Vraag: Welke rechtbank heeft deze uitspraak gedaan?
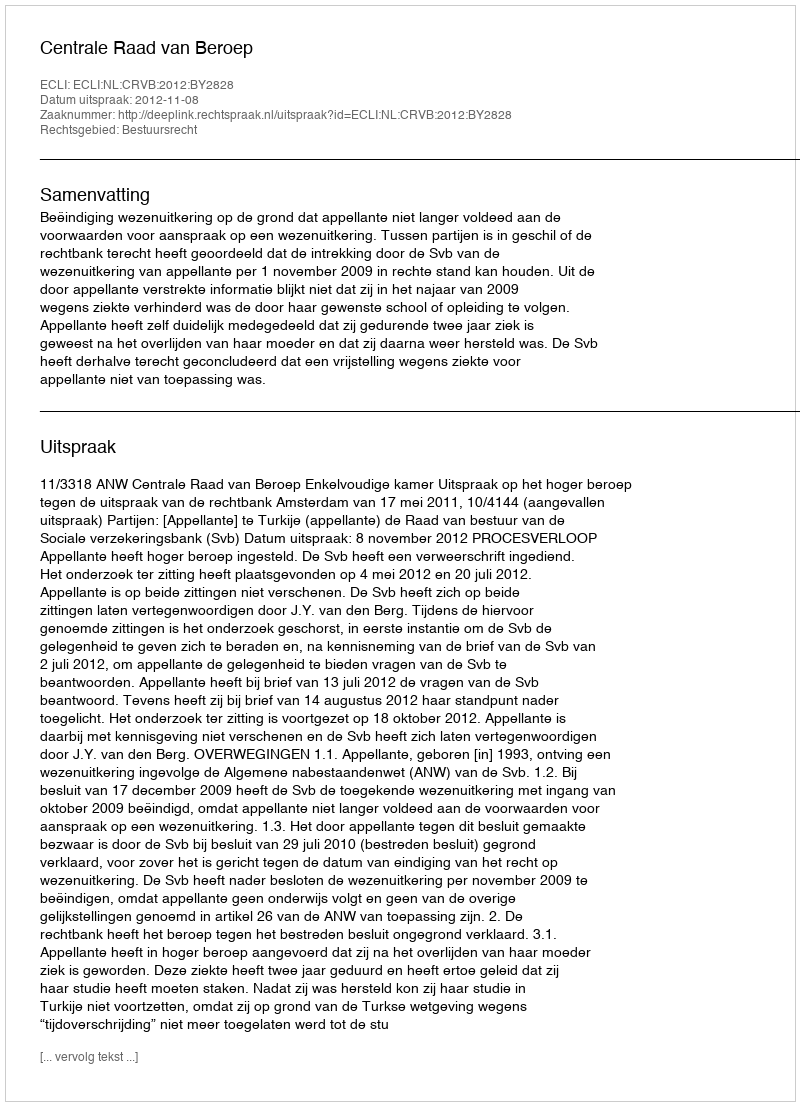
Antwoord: Centrale Raad van Beroep